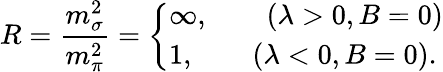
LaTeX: R=\frac{m_{\sigma}^{2}}{m_{\pi}^{2}}=\left\{ \begin{array}{l}{{\infty,\qquad(\lambda>0,B=0)}}\\ {{1,\qquad(\lambda<0,B=0).}}\end{array}\right.